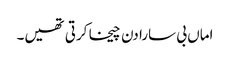
اماں بی سارا دن چیخا کرتی تھیں۔